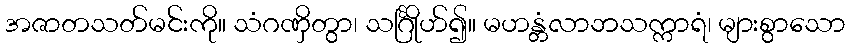
အဇာတသတ်မင်းကို။ သံဂဏှိတွာ၊ သင်္ဂြိုဟ်၍။ မဟန္တံလာဘသက္ကာရံ၊ များစွာသော